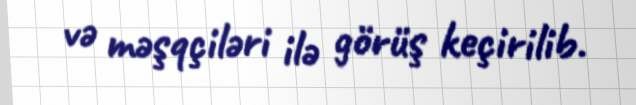
və məşqçiləri ilə görüş keçirilib.